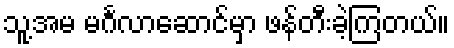
သူ့အမ မင်္ဂလာဆောင်မှာ ဖန်တီးခဲ့ကြတယ်။